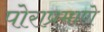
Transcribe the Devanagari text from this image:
पोराप्रमाणे